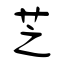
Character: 芝